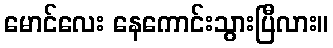
မောင်လေး နေကောင်းသွားပြီလား။